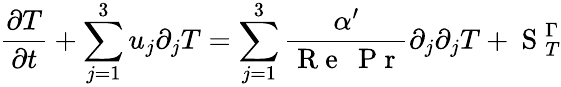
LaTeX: \frac{\partial T}{\partial t}+\sum_{j=1}^{3}u_{j}\partial_{j}T=\sum_{j=1}^{3}\frac{\alpha^{\prime}}{\mathrm{~R~e~}\: \mathrm{~P~r~}}\partial_{j}\partial_{j}T+\mathrm{~S~}_{T}^{\Gamma}